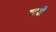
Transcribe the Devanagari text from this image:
पटणी